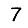
Digit: 7